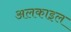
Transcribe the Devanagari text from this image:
अलकाइल